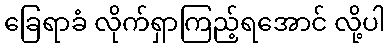
ခြေရာခံ လိုက်ရှာကြည့်ရအောင် လို့ပါ